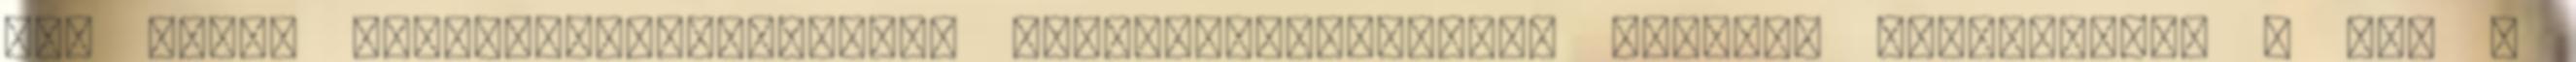
egy csomó napraforgómag.Nagyon finom,gazdag,tömör kenyér. Hozzávalók: - 650 g